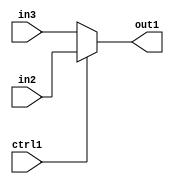
`timescale 1ps / 1ps
/*****************************************************************************
    Verilog RTL Description
    
    
    Created by: Stratus DpOpt 2019.1.01 
*******************************************************************************/

module st_weight_addr_gen_N_Mux_16_2_17_4_4 (
	in3,
	in2,
	ctrl1,
	out1
	); /* architecture "behavioural" */ 
input [15:0] in3,
	in2;
input  ctrl1;
output [15:0] out1;
wire [15:0] asc001;

reg [15:0] asc001_tmp_0;
assign asc001 = asc001_tmp_0;
always @ (ctrl1 or in2 or in3) begin
	case (ctrl1)
		1'B1 : asc001_tmp_0 = in2 ;
		default : asc001_tmp_0 = in3 ;
	endcase
end

assign out1 = asc001;
endmodule

/* CADENCE  uLf5TAo= : u9/ySgnWtBlWxVPRXgAZ4Og= ** DO NOT EDIT THIS LINE ******/